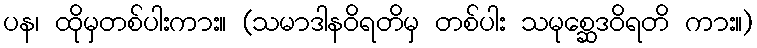
ပန၊ ထိုမှတစ်ပါးကား။ (သမာဒါနဝိရတိမှ တစ်ပါး သမုစ္ဆေဒဝိရတိ ကား။)